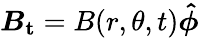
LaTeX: \boldsymbol{B_{\mathrm{t}}}=B(r,\theta,t)\boldsymbol{\hat{\phi}}